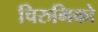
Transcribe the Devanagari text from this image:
चिरुगिको